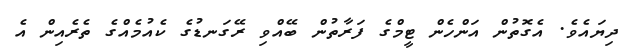
ދިޔައެވެ. އެގޮތުން އަންހެން ޓީމްގެ ފަރާތުން ބޭއްވި ރޭގަނޑުގެ ކެއުމެއްގެ ތެރެއިން އެ